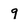
Character: q